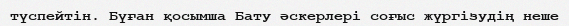
түспейтін. Бүған қосымша Бату әскерлері соғыс жүргізудің неше